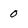
Character: 0